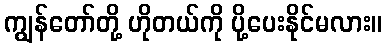
ကျွန်တော်တို့ ဟိုတယ်ကို ပို့ပေးနိုင်မလား။